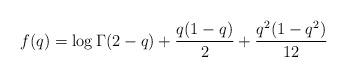
LaTeX: \begin{align*}f(q) = \log\Gamma(2-q) + \frac{q(1-q)}{2} + \frac{q^2(1-q^2)}{12}\end{align*}